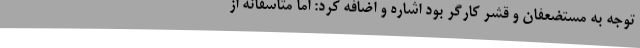
توجه به مستضعفان و قشر کارگر بود اشاره و اضافه کرد: اما متاسفانه از